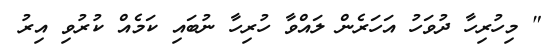
" މިހުރިހާ ދުވަހު އަހަރެން ލައްވާ ހުރިހާ ނުބައި ކަމެއް ކުރުވި އިރު